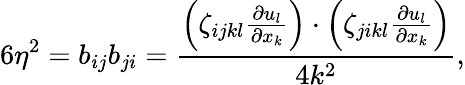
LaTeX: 6\eta^{2}=b_{ij}b_{ji}=\frac{\left(\zeta_{ijkl}\frac{\partial u_{l}}{\partial x_{k}}\right)\cdot\left(\zeta_{jikl}\frac{\partial u_{l}}{\partial x_{k}}\right)}{4k^{2}},